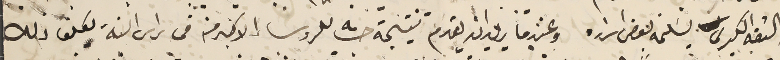
الثقه الكبرى نسَلمه بعض اسراره وعندما يريد ان يقدم نتيجة حسابه للروسا الاكبر منه فى راس السنة يكلف ذلك